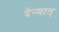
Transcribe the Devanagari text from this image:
देन्यात्